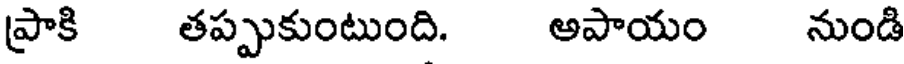
ప్రాకి తప్పుకుంటుంది. ఆపాయం నుండి